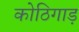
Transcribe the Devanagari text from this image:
कोठिगाड़